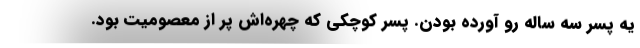
يه پسر سه ساله رو آورده بودن. پسر كوچكي كه چهره‌اش پر از معصوميت بود.